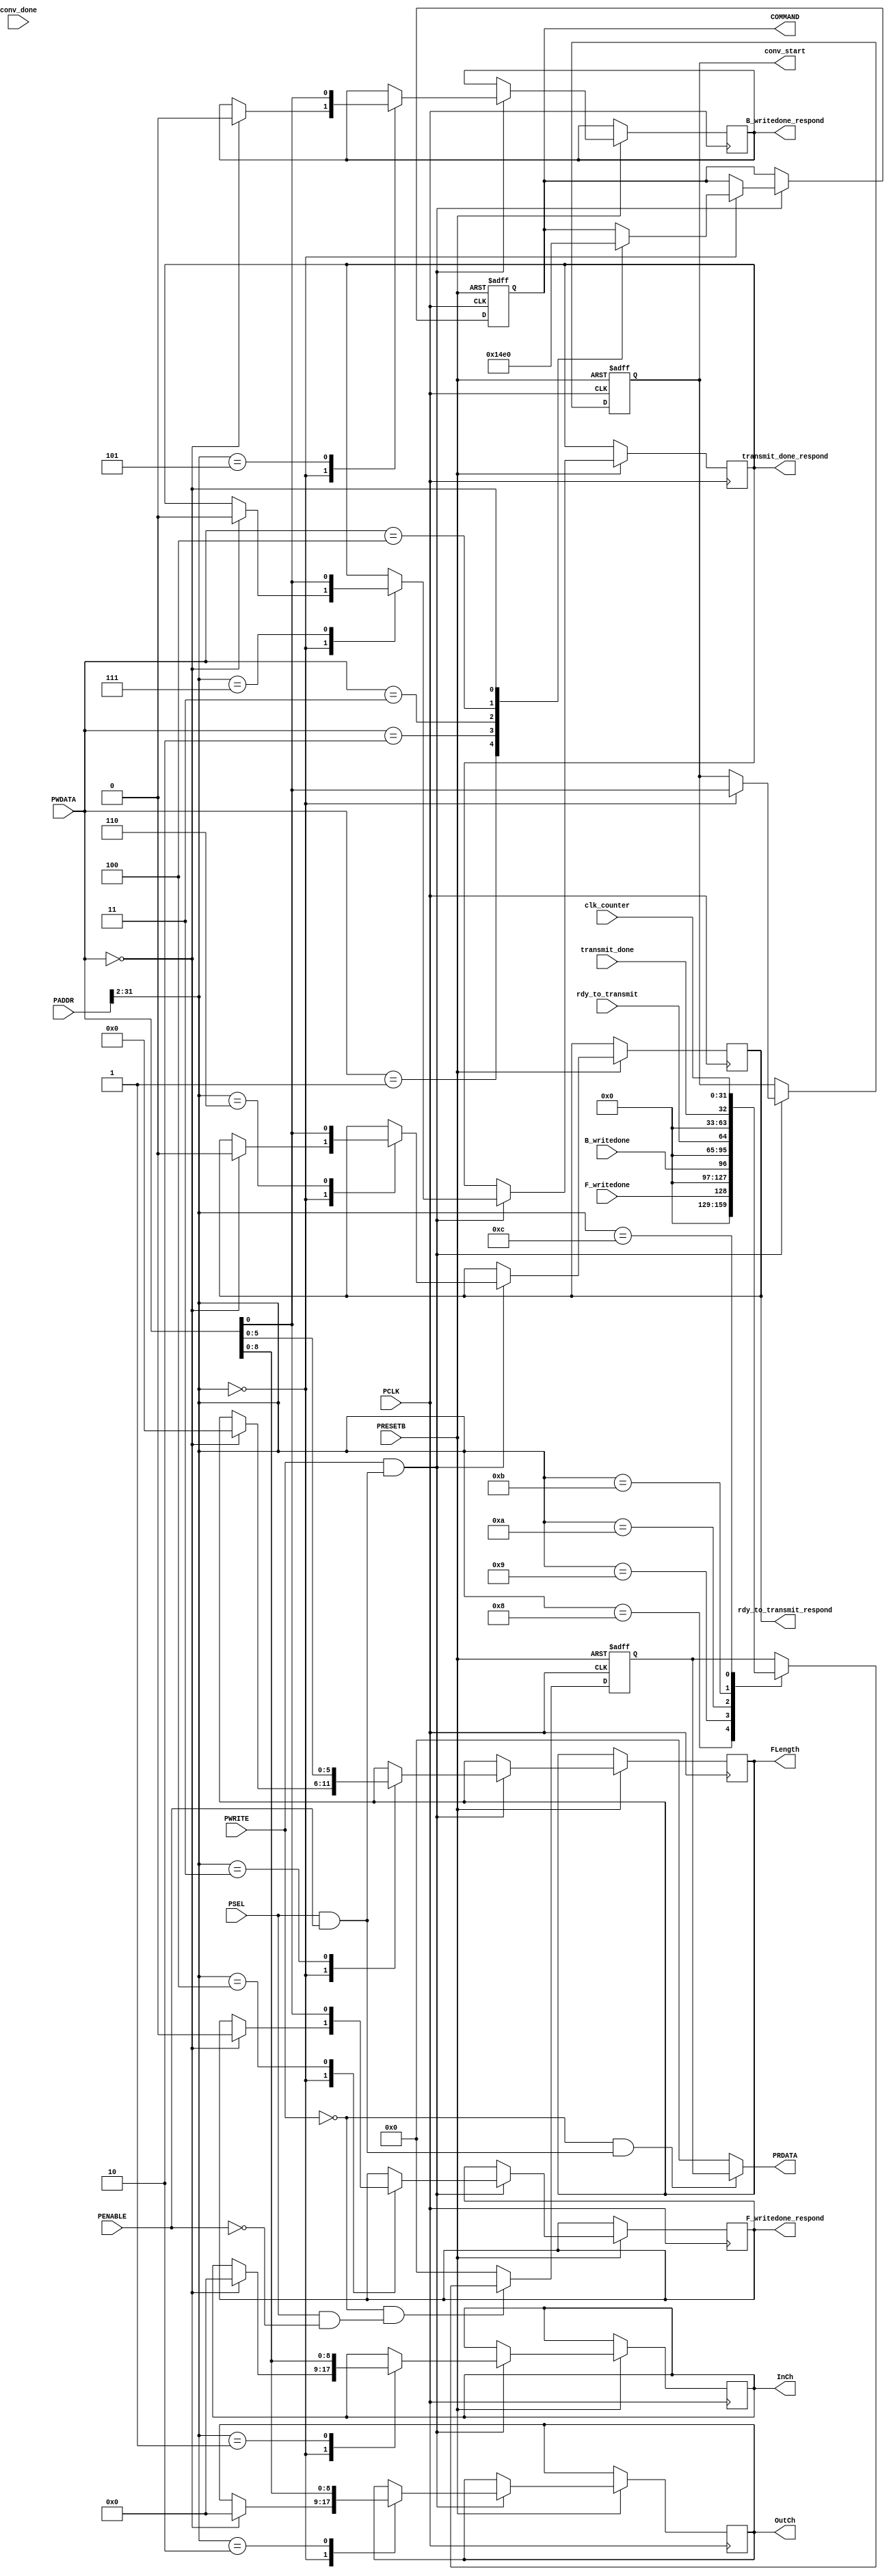
module conv_apb 
  (
    input wire PCLK,           // APB clock
    input wire PRESETB,        // APB asynchronous reset (0: reset, 1: normal)
    input wire [31:0] PADDR,   // APB address
    input wire PSEL,           // APB select
    input wire PENABLE,        // APB enable
    input wire PWRITE,         // APB write enable
    input wire [31:0] PWDATA,  // APB write data
    output wire [31:0] PRDATA,

    input wire [31:0] clk_counter,
    input wire conv_done,
    output reg conv_start,

    output reg [2:0]  COMMAND,
    output reg [8:0]  InCh,
    output reg [8:0]  OutCh,
    output reg [5:0]  FLength,

    input wire  F_writedone,
    output reg  F_writedone_respond,
    input wire  B_writedone,
    output reg  B_writedone_respond,
    input wire  rdy_to_transmit,
    output reg  rdy_to_transmit_respond,
    input wire  transmit_done,
    output reg  transmit_done_respond 
    
  );
  
  wire state_enable;
  wire state_enable_pre;
  reg [31:0] prdata_reg;
  
  assign state_enable = PSEL & PENABLE;
  assign state_enable_pre = PSEL & ~PENABLE;
  
  // READ OUTPUT
  // FPGA -> CPU 
  always @(posedge PCLK, negedge PRESETB) begin
    if (PRESETB == 1'b0) begin
      prdata_reg <= 32'h00000000;
    end
    else begin
      if (~PWRITE & state_enable_pre) begin
        case ({PADDR[31:2], 2'h0})
          32'h00000020: begin
            prdata_reg<=F_writedone;          
          end
          32'h00000024: begin
            prdata_reg<=B_writedone;
          end
          32'h00000028: begin
            prdata_reg<=rdy_to_transmit;
          end
          32'h0000002C: begin
            prdata_reg<=transmit_done;
          end
          32'h0000030: begin
            prdata_reg<=clk_counter;   
          end

        endcase
      end
      else begin
        prdata_reg <= 32'h0;
      end
    end
  end
  
  assign PRDATA = (~PWRITE & state_enable) ? prdata_reg : 32'h00000000;
  
  // WRITE ACCESS
  // CPU -> FPGA 
  always @(posedge PCLK, negedge PRESETB) begin
    if (PRESETB == 1'b0) begin
      conv_start <= 1'b0;
      COMMAND<=0;
    end
    else begin
      if (PWRITE & state_enable) begin
        case ({PADDR[31:2], 2'h0})
          32'h00000000 : begin // Command
            case (PWDATA)
              32'h1: begin
                conv_start<=1;
                COMMAND <= 1;  // Read feature
              end
              32'h2: begin
                COMMAND <=2;   // Read bias
              end
              32'h3: begin
                COMMAND <=3;   // Read weight and start conv
              end
              32'h4: begin 
                COMMAND <=4;   // Send output
              end
              32'h0: begin     // Reset
                conv_start<=0;
                COMMAND<=0;
                InCh<=0;
                OutCh<=0;
                FLength<=0;
                F_writedone_respond<=0;
                B_writedone_respond<=0;
                rdy_to_transmit_respond<=0;
                transmit_done_respond<=0;
              end
            endcase
            conv_start <= PWDATA[0];
          end
          32'h00000004 : begin
            InCh <= PWDATA;
          end
          32'h00000008 : begin
            OutCh <= PWDATA;
          end
          32'h0000000c : begin
            FLength <= PWDATA;
          end
          32'h00000010 : begin
            F_writedone_respond <= PWDATA;
          end
          32'h00000014 : begin
            B_writedone_respond <= PWDATA;
          end
          32'h00000018 : begin
            rdy_to_transmit_respond <= PWDATA;
          end
          32'h0000001C : begin
            transmit_done_respond  <= PWDATA;
          end


        endcase
      end
    end
  end

endmodule